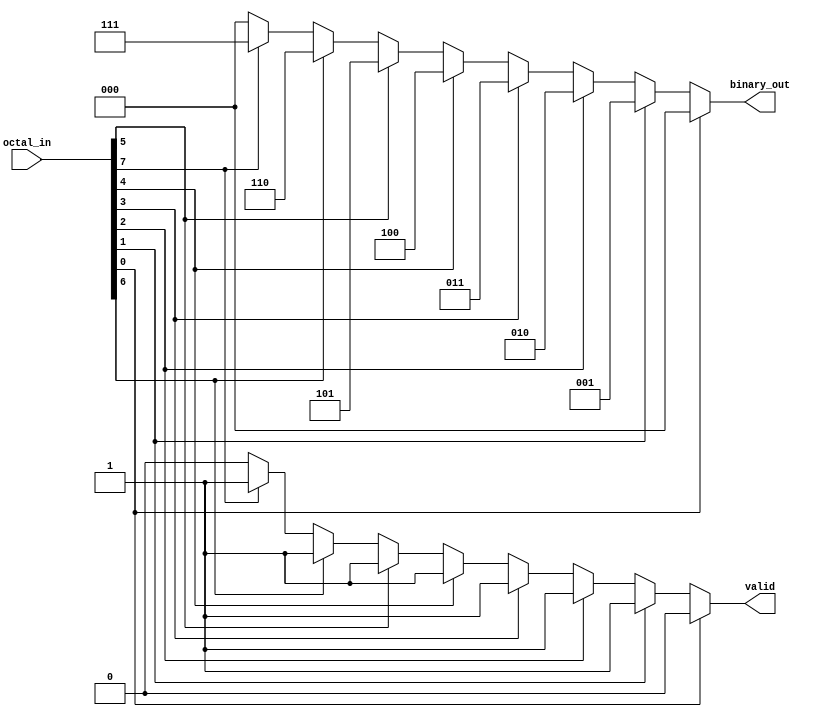
module octal_to_binary_encoder (
    input [7:0] octal_in,    // 8-bit octal input
    output reg [2:0] binary_out, // 3-bit binary output
    output reg valid            // Validity indicator
);

// Always block to encode octal input to binary output
always @(*) begin
    // Initialize outputs
    binary_out = 3'b000; // Default to 000
    valid = 1'b0;        // Default to invalid

    // Check for valid octal input (octal 1 to 7)
    if (octal_in[0] == 1'b1) begin
        // octal 0 is treated as invalid; do nothing
        binary_out = 3'b000; // Can be defined as 000
        valid = 1'b0;        // Invalid
    end else if (octal_in[1] == 1'b1) begin
        binary_out = 3'b001; // octal 1
        valid = 1'b1;        // Valid
    end else if (octal_in[2] == 1'b1) begin
        binary_out = 3'b010; // octal 2
        valid = 1'b1;        // Valid
    end else if (octal_in[3] == 1'b1) begin
        binary_out = 3'b011; // octal 3
        valid = 1'b1;        // Valid
    end else if (octal_in[4] == 1'b1) begin
        binary_out = 3'b100; // octal 4
        valid = 1'b1;        // Valid
    end else if (octal_in[5] == 1'b1) begin
        binary_out = 3'b101; // octal 5
        valid = 1'b1;        // Valid
    end else if (octal_in[6] == 1'b1) begin
        binary_out = 3'b110; // octal 6
        valid = 1'b1;        // Valid
    end else if (octal_in[7] == 1'b1) begin
        binary_out = 3'b111; // octal 7
        valid = 1'b1;        // Valid
    end
end

endmodule